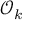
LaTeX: { \mathcal { O } } _ { k }